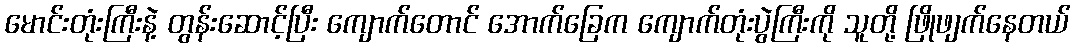
မောင်းတုံးကြီးနဲ့ တွန်းဆောင့်ပြီး ကျောက်တောင် အောက်ခြေက ကျောက်တုံးပွဲကြီးကို သူတို့ ဖြိုဖျက်နေတယ်